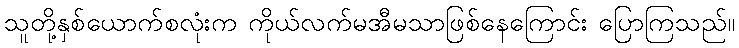
သူတို့နှစ်ယောက်စလုံးက ကိုယ်လက်မအီမသာဖြစ်နေကြောင်း ပြောကြသည်။